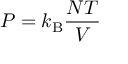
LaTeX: P = k _ { \mathrm { { B } } } { \frac { N T } { V } }